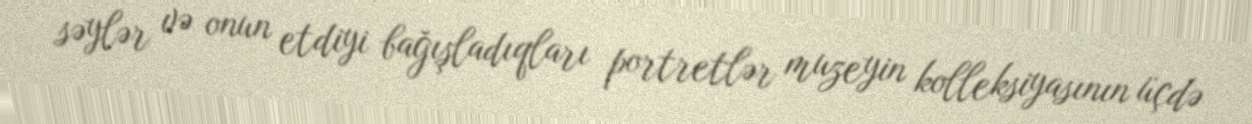
səylər və onun etdiyi bağışladıqları portretlər muzeyin kolleksiyasının üçdə